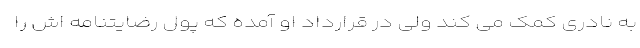
به نادری کمک می کند ولی در قرارداد او آمده که پول رضایتنامه اش را